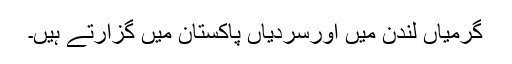
گرمیاں لندن میں اورسردیاں پاکستان میں گزارتے ہیں۔